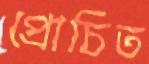
প্রোচিত